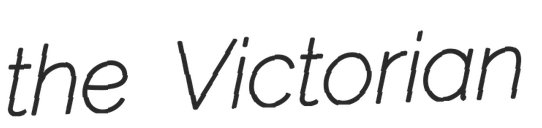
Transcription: the Victorian